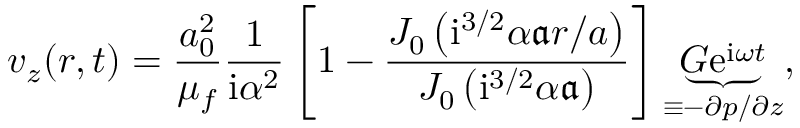
v _ { z } ( r , t ) = \frac { a _ { 0 } ^ { 2 } } { \mu _ { f } } \frac { 1 } { \mathrm { i } \alpha ^ { 2 } } \left[ 1 - \frac { J _ { 0 } \left( \mathrm { i } ^ { 3 / 2 } { \alpha } \mathfrak { a } r / a \right) } { J _ { 0 } \left( \mathrm { i } ^ { 3 / 2 } { \alpha } \mathfrak { a } \right) } \right] \underbrace { G \mathrm { e } ^ { \mathrm { i } \omega t } } _ { \equiv - \partial p / \partial z } ,